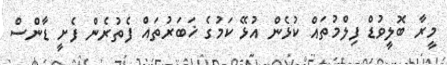
މީރާ ބޮލީވުޑް ފިލްމުތައް ކުޅެން އުޅޭ ކަމުގެ ޚަބަރުތައް ފެތުރެން ފެށީ ޑާންސް